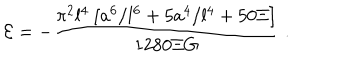
{ \cal E } = - { \frac { { \pi } ^ { 2 } l ^ { 4 } \left[ a ^ { 6 } / l ^ { 6 } + 5 a ^ { 4 } / l ^ { 4 } + 5 0 \Xi \right] } { 1 2 8 0 \Xi G } } \ .